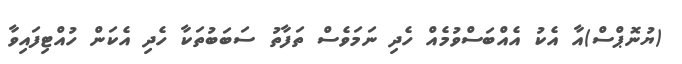
(ޔުނޮޕްސް)އާ އެކު އެއްބަސްވުމެއް ހެދި ނަމަވެސް ތަފާތު ސަބަބުތަކާ ހެދި އެކަން ހުއްޓިފައިވާ